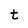
Character: t